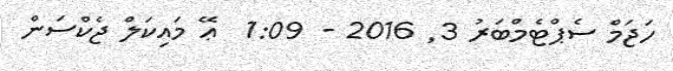
ހަޖަމް ސެޕްޓެމްބަރު 3